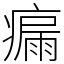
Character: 瘺